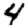
Digit: 4